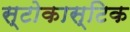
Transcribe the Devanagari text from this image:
स्टोकास्टिक